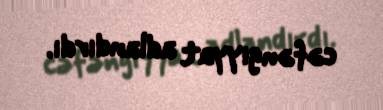
cəfəngiyyat adlandırdı.